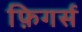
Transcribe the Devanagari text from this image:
फ़िगर्स